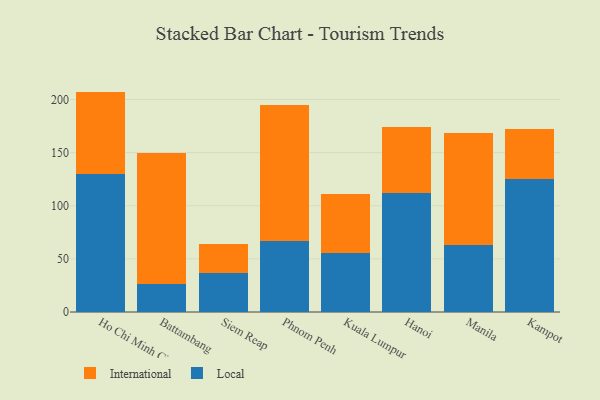
{"axis": {"x": "City", "y": "Production Output"}, "legend": ["International", "Local"], "data": [{"x": "Ho Chi Minh City", "y": 129.5, "type": "Local"}, {"x": "Ho Chi Minh City", "y": 77.9, "type": "International"}, {"x": "Battambang", "y": 26.4, "type": "Local"}, {"x": "Battambang", "y": 123.6, "type": "International"}, {"x": "Siem Reap", "y": 37.1, "type": "Local"}, {"x": "Siem Reap", "y": 27.2, "type": "International"}, {"x": "Phnom Penh", "y": 66.9, "type": "Local"}, {"x": "Phnom Penh", "y": 127.7, "type": "International"}, {"x": "Kuala Lumpur", "y": 55.8, "type": "Local"}, {"x": "Kuala Lumpur", "y": 55.0, "type": "International"}, {"x": "Hanoi", "y": 112.1, "type": "Local"}, {"x": "Hanoi", "y": 61.7, "type": "International"}, {"x": "Manila", "y": 63.0, "type": "Local"}, {"x": "Manila", "y": 105.8, "type": "International"}, {"x": "Kampot", "y": 125.0, "type": "Local"}, {"x": "Kampot", "y": 47.6, "type": "International"}]}